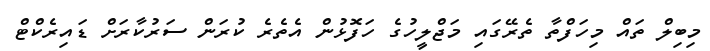
މިބިލް ތައް މިހަފްތާ ތެރޭގައި މަޖްލީހުގެ ހަފޮޅުން އެތެރެ ކުރަން ސަރުކާރަށް ޑައިރެކްޓް